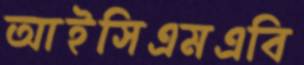
আইসিএমএবি